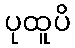
ပုထူပိ